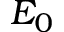
E _ { 0 }